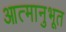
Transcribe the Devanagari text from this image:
आत्मानुभूत